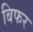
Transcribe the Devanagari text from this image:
बिफर